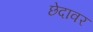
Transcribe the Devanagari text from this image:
छेदावर